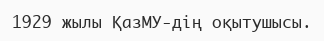
1929 жылы ҚазМУ-дің оқытушысы.